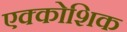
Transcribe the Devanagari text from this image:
एक्कोशिक